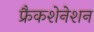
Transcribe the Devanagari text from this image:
फ्रैकशेनेशन